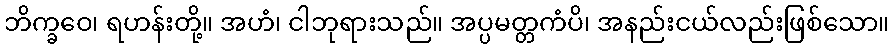
ဘိက္ခဝေ၊ ရဟန်းတို့။ အဟံ၊ ငါဘုရားသည်။ အပ္ပမတ္တကံပိ၊ အနည်းငယ်လည်းဖြစ်သော။